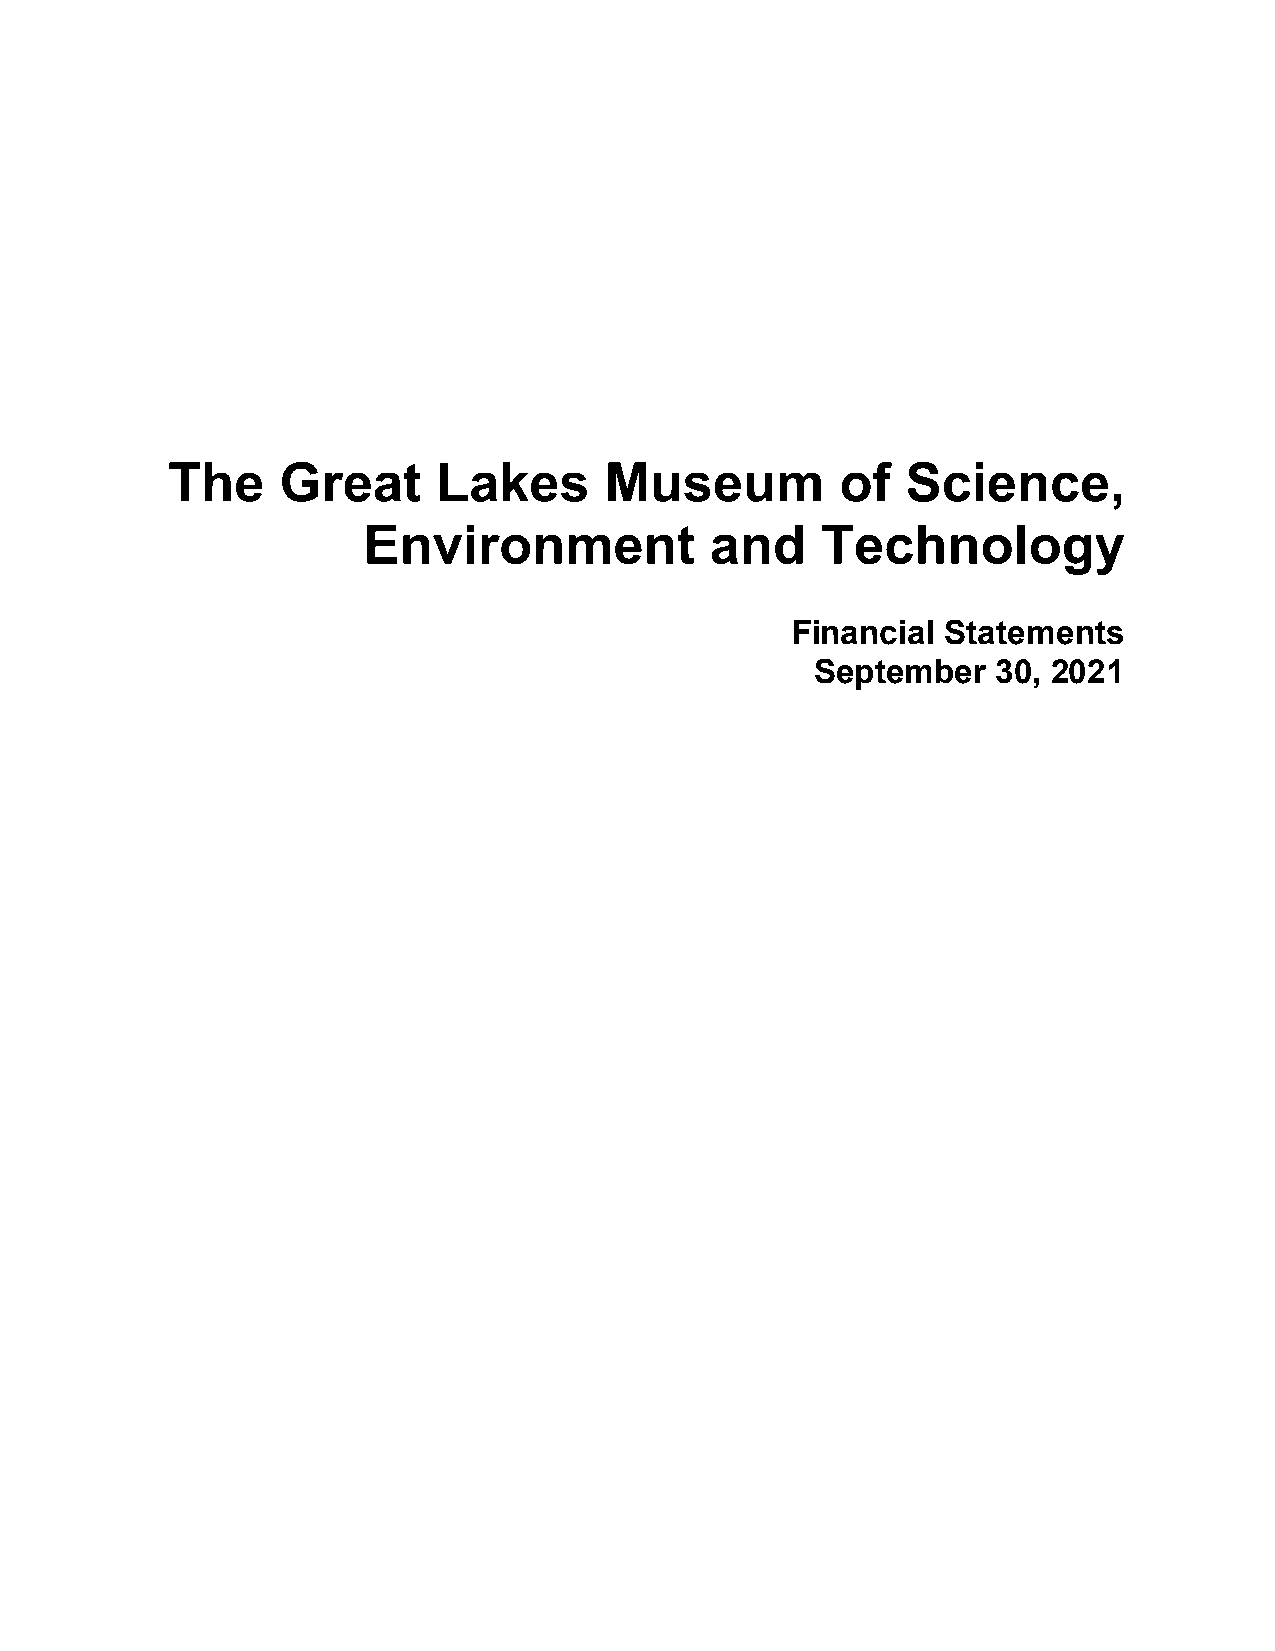
The     Great     Lakes      Museum          of  Science,
 Environment            and    Technology
 Financial  Statements
 September   30, 2021